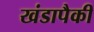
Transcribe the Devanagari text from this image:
खंडापैकी